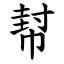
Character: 幇